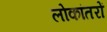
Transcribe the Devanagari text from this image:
लोकांतरों